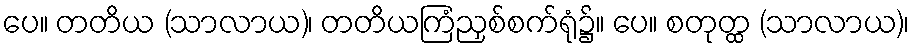
ပေ။ တတိယ (သာလာယ)၊ တတိယကြံညှစ်စက်ရုံ၌။ ပေ။ စတုတ္ထ (သာလာယ)၊